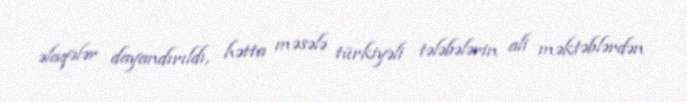
əlaqələr dayandırıldı, hətta məsələ türkiyəli tələbələrin ali məktəblərdən